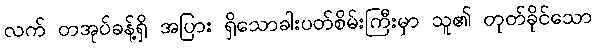
လက် တအုပ်ခန့်ရှိ အပြား ရှိသောခါးပတ်စိမ်းကြီးမှာ သူ၏ တုတ်ခိုင်သော